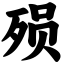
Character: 殒